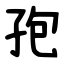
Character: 孢